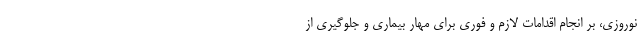
نوروزی، بر انجام اقدامات لازم و فوری برای مهار بیماری و جلوگیری از